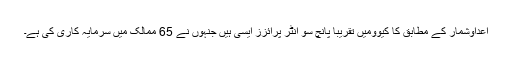
اعداوشمار کے مطابق کا کیوومیں تقریباً پانچ سو انٹر پرائزز ایسی ہیں جنہوں نے 65 ممالک میں سرمایہ کاری کی ہے۔